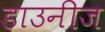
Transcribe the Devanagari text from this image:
डाउनीज